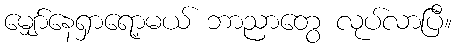
မျှော်နေရှာရော့မယ် ဘာညာတွေ လုပ်လာပြီ။